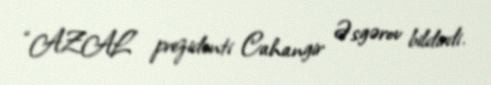
“AZAL” prezidenti Cahangir Əsgərov bildirdi.